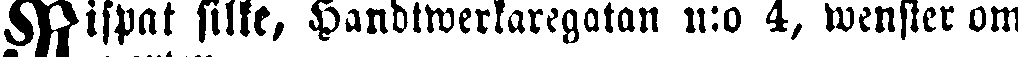
Rispat silke, handtwerkaregatan n:o 4, wenster om